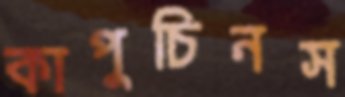
কাপুচিনস